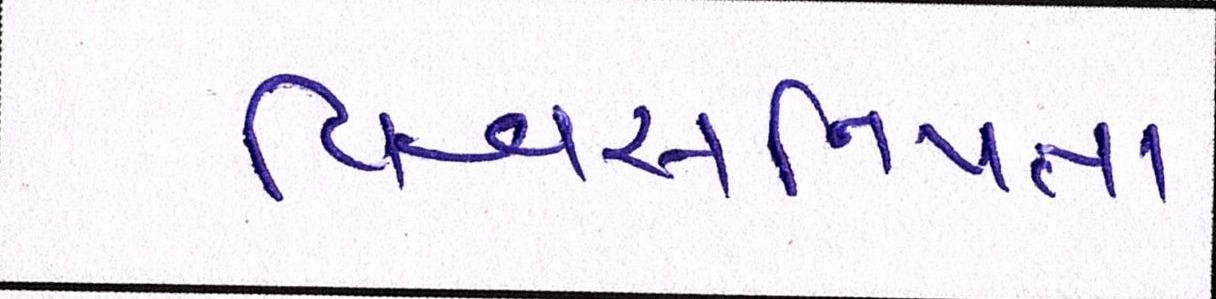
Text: વિશ્વસનિયતા